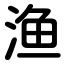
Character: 渔